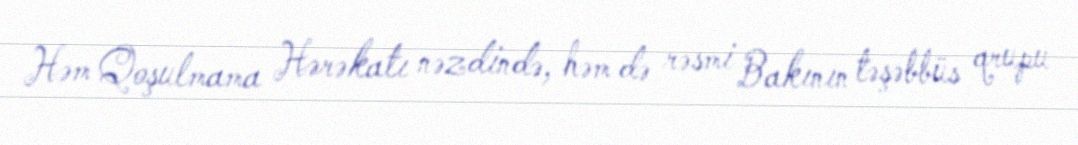
Həm Qoşulmama Hərəkatı nəzdində, həm də rəsmi Bakının təşəbbüs qrupu